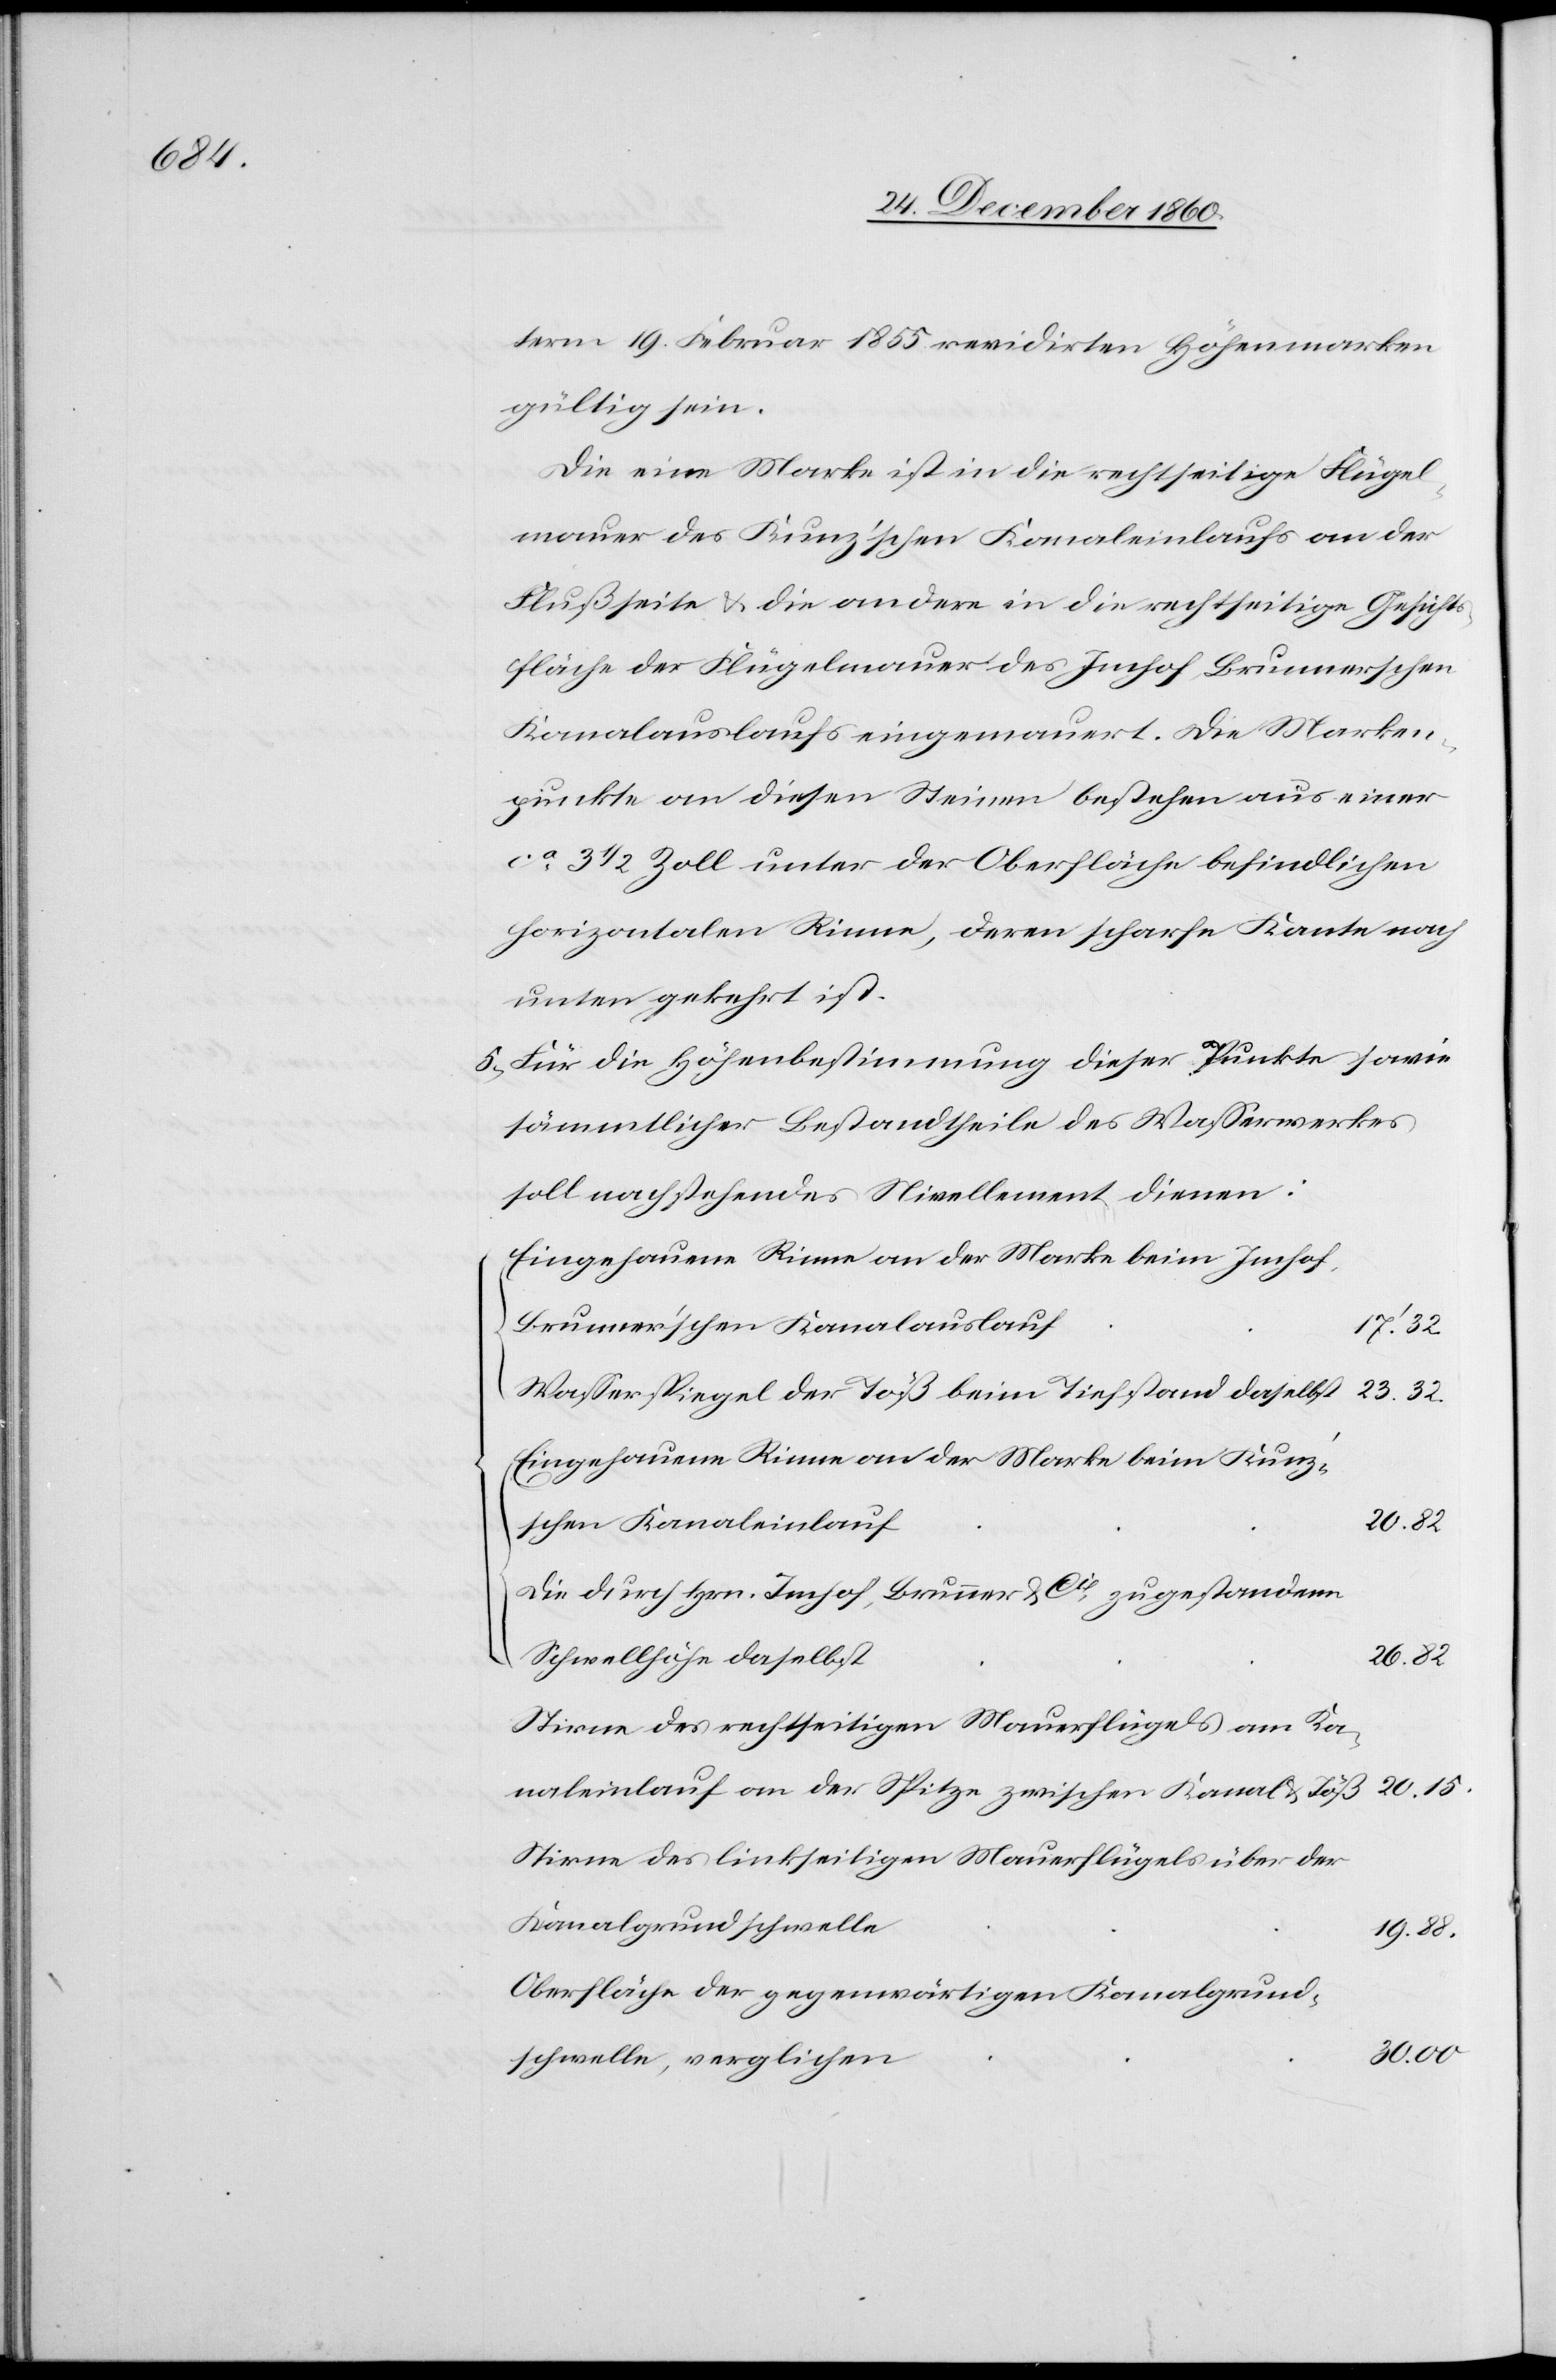
term 19. Februar 1855 revidirten Höhenmarken
gültig sein.
Die eine Marke ist in die rechtseitige Flügel¬
mauer des Kunz’schen Kanaleinlaufs an der
Flußseite u. die andere in die rechtseitige Gesichts¬
fläche der Flügelmauer des Imhof, Brunnerschen
Kanalauslaufs eingemauert. Die Marken¬
punkte an diesen Steinen bestehen aus einer
ca 3 1/2 Zoll unter der Oberfläche befindlichen
horizontalen Rinne, deren scharfe Kante nach
unten gekehrt ist.
5. Für die Höhenbestimmung dieser Punkte sowie
sämmtlicher Bestandtheile des Wasserwerkes
soll nachstehendes Nivellement dienen:
Eingehauene Rinne an der Marke beim Imhof,
Brunner’schen Kanalauslauf
17’32
Wasserspiegel der Töß beim Tiefstand daselbst
23 32
Eingehauene Rinne an der Marke beim Kunz’s¬
chen Kanaleinlauf
Die durch Hrn. Imhof, Brunner & cie zugestandene
Schwellhöhe daselbst
26 82
Stirne des rechtseitigen Mauerflügels am Ka¬
20 15
naleinlauf an der Spitze zwischen Kanal u. Töß
Stirne des linkseitigen Mauerflügels über der
Kanalgrundschwelle
19 88
Oberfläche der gegenwärtigen Kanalgrund¬
schwelle, verglichen